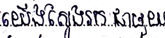
យើងស្វែងរកជាមួយ